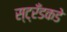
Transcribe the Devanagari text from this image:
स्ट्रँडकडे